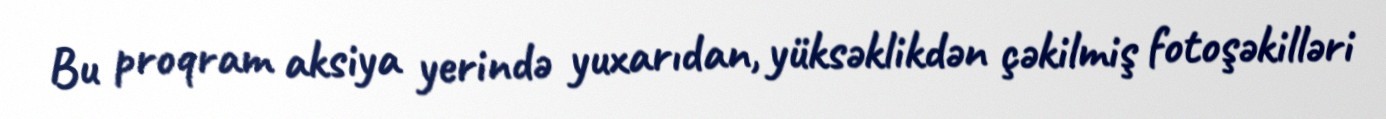
Bu proqram aksiya yerində yuxarıdan, yüksəklikdən çəkilmiş fotoşəkilləri